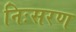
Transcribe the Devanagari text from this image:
निःसरण